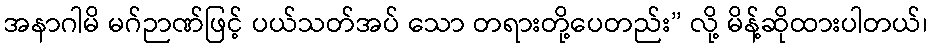
အနာဂါမိ မဂ်ဉာဏ်ဖြင့် ပယ်သတ်အပ် သော တရားတို့ပေတည်း” လို့ မိန့်ဆိုထားပါတယ်၊